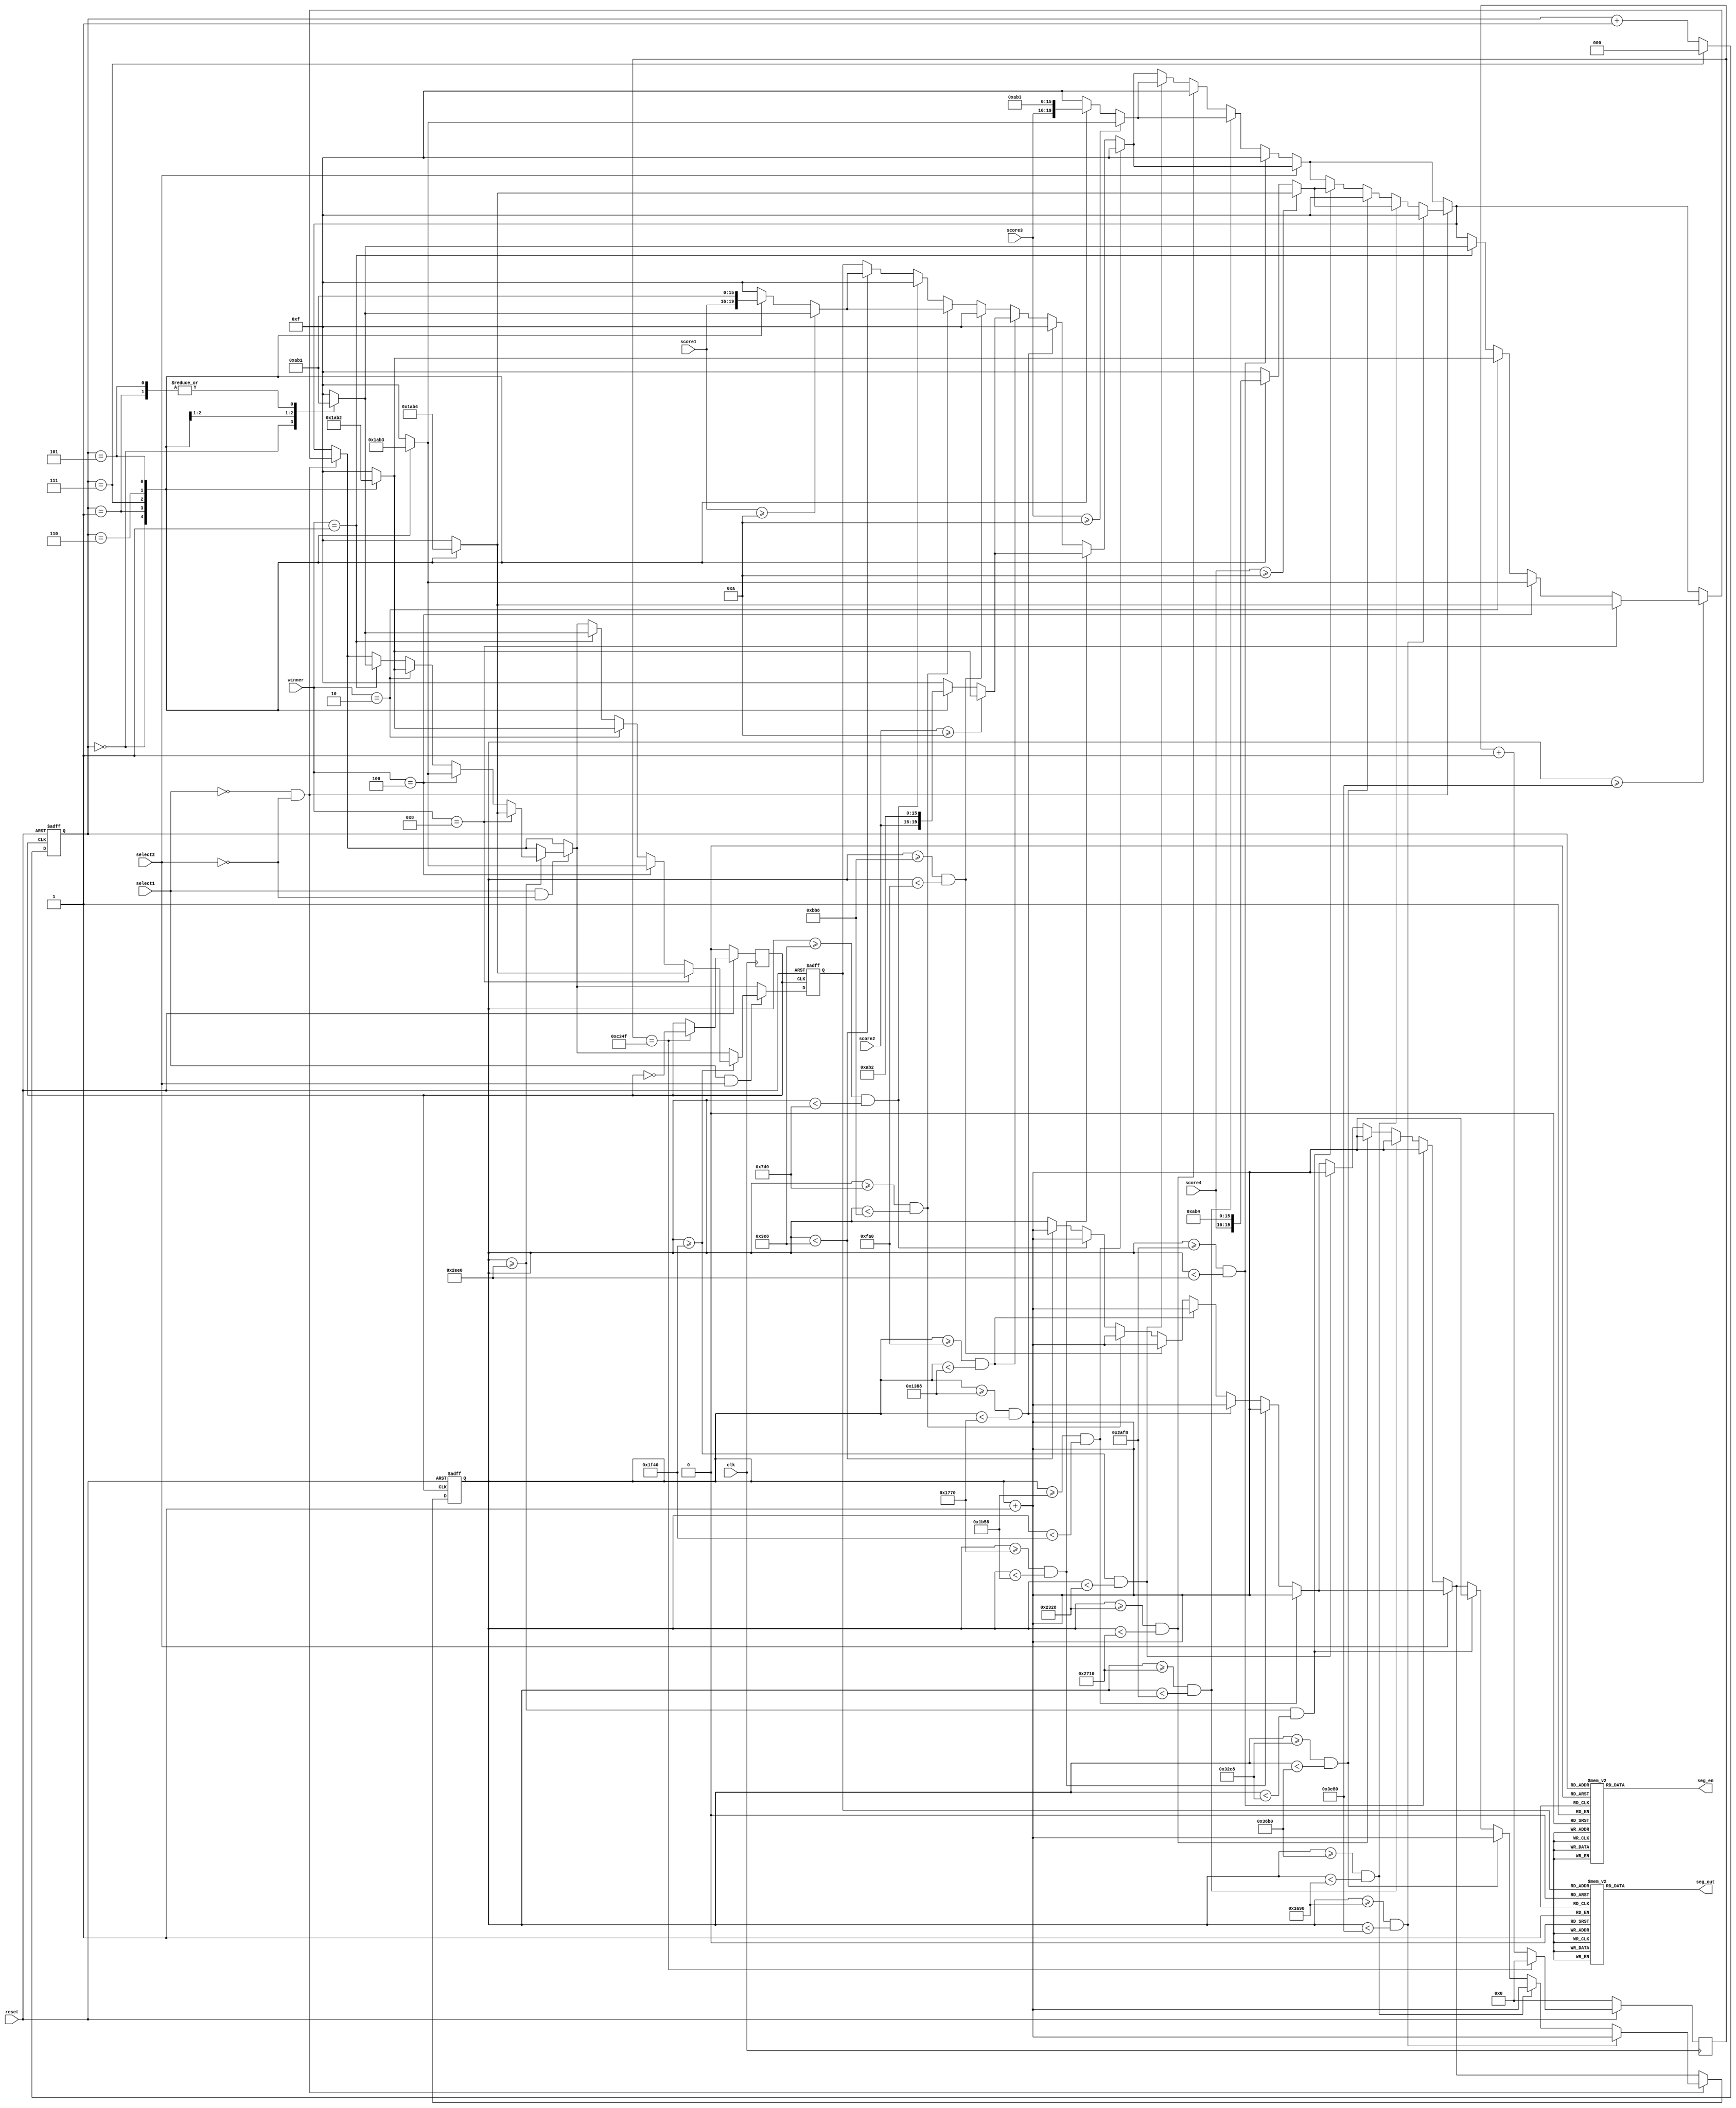
`timescale 1ns / 1ps

module Final_Output(
input select1,
input select2,

input[3:0] winner,//Used to indicate who the winner is, 0001, 0010, 0100, 1000
input reset,//Used to indicate whether this module is enabled, that is, whether a game ends and the score is displayed.

//4 people score up to 10
input[3:0] score1,
input[3:0] score2,
input[3:0] score3,
input[3:0] score4,

input clk,//System clock signal with a frequency of 100MHz

output reg[7:0] seg_en,//Seven-segment tube enable
output reg[7:0] seg_out//Seven-segment tube output result Represents a number output by a seven-segment tube, and the digit 7 represents a point.

    );

reg clk_after_div;//Clock signal after frequency division
reg[31:0] div_counter;//Counters used during frequency division
parameter period = 100000;//Divide multiples, that is, multiples that slow down the original signal

reg[2:0] scan_cnt;//Seven-segment tube scan signal

reg[31:0] display_counter;//Used to count in the display module to achieve the effect of delay. (Lights up for a while, turns off for a while)
reg ifLight = 0;//Used to indicate in the display module whether the flash is blinking or off
parameter display_time = 1000;//The total clock period of the signal after frequency division is used to delay. The larger the number, the longer the word blinking interval.
reg[3:0] display_content;//It is used to indicate what the currently displayed seven-segment digital tube displays, the range is 0-15, which is decoded into the output result of seg_out in the decoder.

//Seven-segment tube scanning circuit
always @(posedge clk_after_div or negedge reset)//Scans the next bit when the clock signal rises after each frequency division, and resets every time the falling edge of rst
begin
	if (~reset)
	begin
		scan_cnt <= 0;    
	end
	else 
	begin
		scan_cnt <= scan_cnt + 1;
		if (scan_cnt == 3'b111)
		begin
			scan_cnt <= 0; 
		end
	end   
end

//
always @(posedge clk)
begin
	if(reset)
	begin
		if(div_counter == (period >> 1) - 1)
		begin
			div_counter <= 32'b0;
			clk_after_div <= ~clk_after_div;
		end
		else
			div_counter <= div_counter + 32'b1;
	end
	else
	begin
	        div_counter <= 32'b0;
	        clk_after_div <= 0;
    end
end

//The module that determines which digital tube is lit by the scan_cnt mapping
always @(scan_cnt)
begin
    case(scan_cnt)
        3'b000 : seg_en = 8'b01111_111;//The first digital tube is enabled, counting from right to left
        3'b001 : seg_en = 8'b11111_110;//The second digital tube is enabled, counting from right to left
        3'b010 : seg_en = 8'b11111_101;//The third digital tube is enabled, counting from right to left
        3'b011 : seg_en = 8'b11111_011;//The fourth digital tube is enabled, counting from right to left
        3'b100 : seg_en = 8'b11110_111;//The fifth digital tube is enabled, counting from right to left
        3'b101 : seg_en = 8'b11101_111;//The sixth digital tube is enabled, counting from right to left
        3'b110 : seg_en = 8'b11011_111;//The seventh digital tube is enabled, counting from right to left
        3'b111 : seg_en = 8'b10111_111;//The 8th digital tube is enabled, counting from right to left
        default :seg_en = 8'b11111_111;//None by default
    endcase
end

//Display module
always @(posedge clk_after_div or negedge reset)//Detect once per clock cycle, which is equivalent to one increment of display_counter per clock cycle
begin
	if(~reset)//When reset, the display module is off, the display module counter is reset to 0, and the display content is empty.
	begin
		display_counter <= 0;
        display_content <= 15;
	end
	else
	begin
	    ////////////////////////////////////////////////////////////////
	    //A bright once
		if(display_counter < display_time)
		begin
			display_counter <= display_counter + 1;
			if(score1 >= 10)                                       
            begin                                                  
                case(scan_cnt)                                     
                    3'b000 : display_content = 0;//Low score            
                    3'b001 : display_content = 1;//High score            
                    3'b111 : display_content = 10;//N              
                    3'b110 : display_content = 11;//O              
                    3'b101 : display_content = 1;//Number of players           
                    default: display_content = 15;                 
                endcase                                            
            end                                                    
            else                                                   
            begin                                                  
                case(scan_cnt)                                     
                    3'b000 : display_content = score1;//Low score       
                    3'b001 : display_content = 0;//High score            
                    3'b111 : display_content = 10;//N              
                    3'b110 : display_content = 11;//O              
                    3'b101 : display_content = 1;//Number of players           
                    default: display_content = 15;                 
                endcase                                            
            end                                                    
		end
		//A off once
		if(display_counter >= display_time && display_counter < 2 * display_time)
		begin
			display_content = 15;
			display_counter <= display_counter + 1;
		end
		//A bright 2 times
        if(display_counter >= 2 * display_time && display_counter < 3 * display_time)
        begin
            display_counter <= display_counter + 1;   
            if(score1 >= 10) 
            begin
                case(scan_cnt)
                    3'b000 : display_content = 0;//Low score     
                    3'b001 : display_content = 1;//High score
                    3'b111 : display_content = 10;//N         
                    3'b110 : display_content = 11;//O         
                    3'b101 : display_content = 1;//Number of players      
                    default: display_content = 15;            
                endcase  
            end
            else
            begin
                case(scan_cnt)                             
                    3'b000 : display_content = score1;//Low score    
                    3'b001 : display_content = 0;//High score   
                    3'b111 : display_content = 10;//N        
                    3'b110 : display_content = 11;//O        
                    3'b101 : display_content = 1;//Number of players     
                    default: display_content = 15;           
                endcase                                      
            end    
        end
        //
        if(display_counter >= 3 * display_time && display_counter < 4 * display_time)
        begin
            display_content = 15;
            display_counter <= display_counter + 1;
        end
        //////////////////////////////////////////////////////////////////
        
        //////////////////////////////////////////////////////////////////
        
        if(display_counter >= 4 * display_time && display_counter < 5 * display_time)
        begin
            display_counter <= display_counter + 1;
            if(score2 >= 10)                                     
            begin                                                
                case(scan_cnt)                                   
                    3'b000 : display_content = 0;//Low score          
                    3'b001 : display_content = 1;//High score          
                    3'b111 : display_content = 10;//N            
                    3'b110 : display_content = 11;//O            
                    3'b101 : display_content = 2;//Number of players         
                    default: display_content = 15;               
                endcase                                          
            end                                                  
            else                                                 
            begin                                                
                case(scan_cnt)                                   
                    3'b000 : display_content = score2;//Low score     
                    3'b001 : display_content = 0;//High score          
                    3'b111 : display_content = 10;//N            
                    3'b110 : display_content = 11;//O            
                    3'b101 : display_content = 2;//Number of players         
                    default: display_content = 15;               
                endcase                                          
            end                                                  
        end
        
        if(display_counter >= 5 * display_time && display_counter < 6 * display_time)
        begin
            display_content = 15;
            display_counter <= display_counter + 1;
        end
        
        if(display_counter >= 6 * display_time && display_counter < 7 * display_time)
        begin
            display_counter <= display_counter + 1;
            if(score2 >= 10)                                     
            begin                                                
                case(scan_cnt)                                   
                    3'b000 : display_content = 0;//Low score          
                    3'b001 : display_content = 1;//High score          
                    3'b111 : display_content = 10;//N            
                    3'b110 : display_content = 11;//O            
                    3'b101 : display_content = 2;//Number of players         
                    default: display_content = 15;               
                endcase                                          
            end                                                  
            else                                                 
            begin                                                
                case(scan_cnt)                                   
                    3'b000 : display_content = score2;//Low score     
                    3'b001 : display_content = 0;//High score          
                    3'b111 : display_content = 10;//N            
                    3'b110 : display_content = 11;//O            
                    3'b101 : display_content = 2;//Number of players         
                    default: display_content = 15;               
                endcase                                          
            end                                                   
        end
        
        if(display_counter >= 7 * display_time && display_counter < 8 * display_time)
        begin
            display_content = 15;
            display_counter <= display_counter + 1;
        end
        //////////////////////////////////////////////////////////////////
        
        //////////////////////////////////////////////////////////////////
		if(~select2)
		begin
        
        if(display_counter >= 8 * display_time && display_counter < 9 * display_time)
        begin
            display_counter <= display_counter + 1;
            if(score3 >= 10)                                     
            begin                                                
                case(scan_cnt)                                   
                    3'b000 : display_content = 0;//Low score          
                    3'b001 : display_content = 1;//High score          
                    3'b111 : display_content = 10;//N            
                    3'b110 : display_content = 11;//O            
                    3'b101 : display_content = 3;//Number of players         
                    default: display_content = 15;               
                endcase                                          
            end                                                  
            else                                                 
            begin                                                
                case(scan_cnt)                                   
                    3'b000 : display_content = score3;//Low score     
                    3'b001 : display_content = 0;//High score          
                    3'b111 : display_content = 10;//N            
                    3'b110 : display_content = 11;//O            
                    3'b101 : display_content = 3;//Number of players         
                    default: display_content = 15;               
                endcase                                          
            end                                                  
        end
        
        if(display_counter >= 9 * display_time && display_counter < 10 * display_time)
        begin
            display_content = 15;
            display_counter <= display_counter + 1;
        end
        
        if(display_counter >= 10 * display_time && display_counter < 11 * display_time)
        begin
            display_counter <= display_counter + 1;
            if(score3 >= 10)                                            
            begin                                                       
                case(scan_cnt)                                          
                    3'b000 : display_content = 0;//Low score                 
                    3'b001 : display_content = 1;//High score                 
                    3'b111 : display_content = 10;//N                   
                    3'b110 : display_content = 11;//O                   
                    3'b101 : display_content = 3;//Number of players                
                    default: display_content = 15;                      
                endcase                                                 
            end                                                         
            else                                                        
            begin                                                       
                case(scan_cnt)                                          
                    3'b000 : display_content = score3;//Low score            
                    3'b001 : display_content = 0;//High score                 
                    3'b111 : display_content = 10;//N                   
                    3'b110 : display_content = 11;//O                   
                    3'b101 : display_content = 3;//Number of players                
                    default: display_content = 15;                      
                endcase                                                 
            end                                                         
        end
        
        if(display_counter >= 11 * display_time && display_counter < 12 * display_time)
        begin
            display_content = 15;
            display_counter <= display_counter + 1;
        end
        end

		
		//////////////////////////////////////////////////////////////////
        
        //////////////////////////////////////////////////////////////////
		
		if(~select1 && ~ select2)
			begin
			
			if(display_counter >= 12 * display_time && display_counter < 13 * display_time)
			begin
				display_counter <= display_counter + 1;
				if(score4 >= 10)                                            
					begin                                                       
						case(scan_cnt)                                          
							3'b000 : display_content = 0;//Low score                 
							3'b001 : display_content = 1;//High score                 
							3'b111 : display_content = 10;//N                   
							3'b110 : display_content = 11;//O                   
							3'b101 : display_content = 4;//Number of players                
							default: display_content = 15;                      
						endcase                                                 
					end                                                         
					else                                                        
					begin                                                       
						case(scan_cnt)                                          
							3'b000 : display_content = score4;//Low score            
							3'b001 : display_content = 0;//High score                 
							3'b111 : display_content = 10;//N                   
							3'b110 : display_content = 11;//O                   
							3'b101 : display_content = 4;//Number of players                
							default: display_content = 15;                      
						endcase                                                 
					end                                                         
			end
			
			if(display_counter >= 13 * display_time && display_counter < 14 * display_time)
			begin
				display_content = 15;
				display_counter <= display_counter + 1;
			end
			
			if(display_counter >= 14 * display_time && display_counter < 15 * display_time)
			begin
				display_counter <= display_counter + 1;
				if(score4 >= 10)                                           
					begin                                                  
						case(scan_cnt)                                     
							3'b000 : display_content = 0;//Low score            
							3'b001 : display_content = 1;//High score            
							3'b111 : display_content = 10;//N              
							3'b110 : display_content = 11;//O              
							3'b101 : display_content = 4;//Number of players           
							default: display_content = 15;                 
						endcase                                            
					end                                                    
					else                                                   
					begin                                                  
						case(scan_cnt)                                     
							3'b000 : display_content = score4;//Low score       
							3'b001 : display_content = 0;//High score            
							3'b111 : display_content = 10;//N              
							3'b110 : display_content = 11;//O              
							3'b101 : display_content = 4;//Number of players           
							default: display_content = 15;                 
						endcase                                            
					end                                                       
			end
			
			if(display_counter >= 15 * display_time && display_counter < 16 * display_time)
			begin
            display_content = 15;
            display_counter <= display_counter + 1;
        end
			end
		
		//////////////////////////////////////////////////////////////////
        
        /////////Final residency display results///////////////////////////////////////////
		if(~select1 && ~select2)
			begin
			if(display_counter >= 16 * display_time)
				begin
					if(winner == 4'b0001)
					begin
						case(scan_cnt)                                   
							3'b000 : display_content = 0;//Low score          
							3'b001 : display_content = 1;//High score          
							3'b111 : display_content = 10;//N            
							3'b110 : display_content = 11;//O            
							3'b101 : display_content = 1;//Number of players         
							default: display_content = 15;               
						endcase   
					end
					
					if(winner == 4'b0010)
					begin
						case(scan_cnt)                                   
							3'b000 : display_content = 0;//Low score          
							3'b001 : display_content = 1;//High score          
							3'b111 : display_content = 10;//N            
							3'b110 : display_content = 11;//O            
							3'b101 : display_content = 2;//Number of players         
							default: display_content = 15;               
						endcase                                          
					end
					
					if(winner == 4'b0100)
					begin                
						case(scan_cnt)                                   
							3'b000 : display_content = 0;//Low score          
							3'b001 : display_content = 1;//High score          
							3'b111 : display_content = 10;//N            
							3'b110 : display_content = 11;//O            
							3'b101 : display_content = 3;//Number of players         
							default: display_content = 15;               
						endcase                                                               
					end        
					
					if(winner == 4'b1000) 
					begin                 
						case(scan_cnt)                                   
							3'b000 : display_content = 0;//Low score          
							3'b001 : display_content = 1;//High score          
							3'b111 : display_content = 10;//N            
							3'b110 : display_content = 11;//O            
							3'b101 : display_content = 4;//Number of players         
							default: display_content = 15;               
						endcase                                                                
					end                                 
				end	
			end
		
		if(select1 && ~select2) 
			begin
			if(display_counter >= 12 * display_time)
				begin
					if(winner == 4'b0001)
					begin
						case(scan_cnt)                                   
							3'b000 : display_content = 0;//Low score          
							3'b001 : display_content = 1;//High score          
							3'b111 : display_content = 10;//N            
							3'b110 : display_content = 11;//O            
							3'b101 : display_content = 1;//Number of players         
							default: display_content = 15;               
						endcase   
					end
					
					if(winner == 4'b0010)
					begin
						case(scan_cnt)                                   
							3'b000 : display_content = 0;//Low score          
							3'b001 : display_content = 1;//High score          
							3'b111 : display_content = 10;//N            
							3'b110 : display_content = 11;//O            
							3'b101 : display_content = 2;//Number of players         
							default: display_content = 15;               
						endcase                                          
					end
					
					if(winner == 4'b0100)
					begin                
						case(scan_cnt)                                   
							3'b000 : display_content = 0;//Low score          
							3'b001 : display_content = 1;//High score          
							3'b111 : display_content = 10;//N            
							3'b110 : display_content = 11;//O            
							3'b101 : display_content = 3;//Number of players         
							default: display_content = 15;               
						endcase                                                               
					end        
					
					if(winner == 4'b1000) 
					begin                 
						case(scan_cnt)                                   
							3'b000 : display_content = 0;//Low score          
							3'b001 : display_content = 1;//High score          
							3'b111 : display_content = 10;//N            
							3'b110 : display_content = 11;//O            
							3'b101 : display_content = 4;//Number of players         
							default: display_content = 15;               
						endcase                                                                
					end                                 
				end	
			end
		
		if(select1 && select2)
		begin
			if(display_counter >= 8 * display_time)
				begin
					if(winner == 4'b0001)
					begin
						case(scan_cnt)                                   
							3'b000 : display_content = 0;//Low score          
							3'b001 : display_content = 1;//High score          
							3'b111 : display_content = 10;//N            
							3'b110 : display_content = 11;//O            
							3'b101 : display_content = 1;//Number of players         
							default: display_content = 15;               
						endcase   
					end
					
					if(winner == 4'b0010)
					begin
						case(scan_cnt)                                   
							3'b000 : display_content = 0;//Low score          
							3'b001 : display_content = 1;//High score          
							3'b111 : display_content = 10;//N            
							3'b110 : display_content = 11;//O            
							3'b101 : display_content = 2;//Number of players         
							default: display_content = 15;               
						endcase                                          
					end
					
					if(winner == 4'b0100)
					begin                
						case(scan_cnt)                                   
							3'b000 : display_content = 0;//Low score          
							3'b001 : display_content = 1;//High score          
							3'b111 : display_content = 10;//N            
							3'b110 : display_content = 11;//O            
							3'b101 : display_content = 3;//Number of players         
							default: display_content = 15;               
						endcase                                                               
					end        
					
					if(winner == 4'b1000) 
					begin                 
						case(scan_cnt)                                   
							3'b000 : display_content = 0;//Low score          
							3'b001 : display_content = 1;//High score          
							3'b111 : display_content = 10;//N            
							3'b110 : display_content = 11;//O            
							3'b101 : display_content = 4;//Number of players         
							default: display_content = 15;               
						endcase                                                                
					end                                 
				end	
			end
		
		////////////////////////////////////////////////////////////////
	end	
end

//Seven-segment digital tube display content decoder, decodes display_content to seven-segment display circuit
always @(scan_cnt)
begin
   case (display_content)
       0 : seg_out = 8'b11000000; //0 or O
       1 : seg_out = 8'b11111001; //1
       2 : seg_out = 8'b10100100; //2
       3 : seg_out = 8'b10110000; //3
       4 : seg_out = 8'b10011001; //4
       5 : seg_out = 8'b10010010; //5
       6 : seg_out = 8'b10000010; //6
       7 : seg_out = 8'b11011000; //7
       8 : seg_out = 8'b10000000; //8
       9 : seg_out = 8'b10011000; //9
       10: seg_out = 8'b11001000; //N
       11: seg_out = 8'b01000000; //O.
       12: seg_out = 8'b11111001; //C
       13: seg_out = 8'b11110110; //D
       default: seg_out = 8'b11111111;
   endcase 
end

endmodule